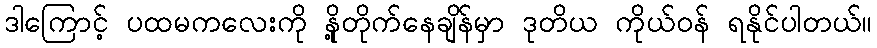
ဒါကြောင့် ပထမကလေးကို နို့တိုက်နေချိန်မှာ ဒုတိယ ကိုယ်ဝန် ရနိုင်ပါတယ်။